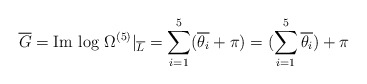
\begin{align*}\overline{G} = \hbox{Im log } \Omega^{(5)}|_{\overline{L}} = \sum_{i=1}^5 (\overline{\theta_i} + \pi) = (\sum_{i=1}^5 \overline{\theta_i}) + \pi\end{align*}